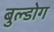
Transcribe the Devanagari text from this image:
बुल्डोग